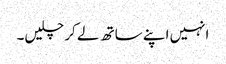
انہیں اپنے ساتھ لے کر چلیں۔